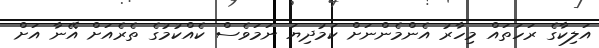
އަލިކާގެ ރަހަތައް މިހާރު އެންމެންނަށް ކަމުދިޔަ ނަމަވެސް ކެއްކުމުގެ ތެރެއަށް އޭނާ އަށް